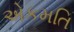
એકમતિ